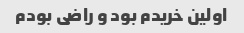
اولین خریدم بود و راضی بودم